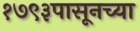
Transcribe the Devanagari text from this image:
१७९३पासूनच्या